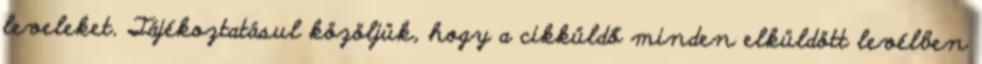
leveleket. Tájékoztatásul közöljük, hogy a cikküldő minden elküldött levélben